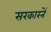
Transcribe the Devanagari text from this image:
सरकारनें